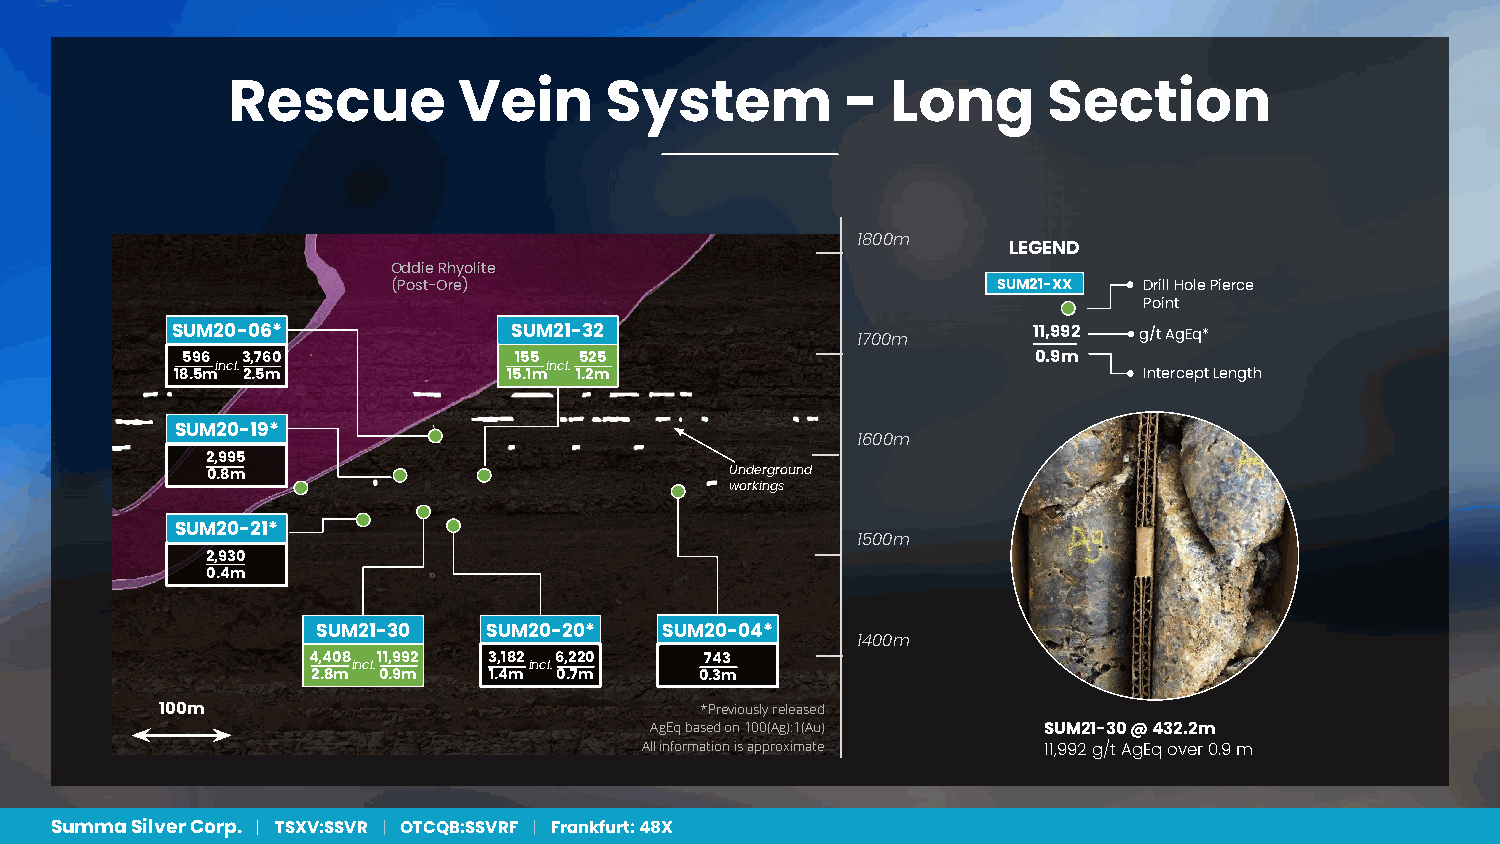
Rescue         Vein      System          -  Long      Section
 1800m
 LEGEND
 Oddie Rhyolite
 (Post-Ore)                              SUM21-XX  Drill Hole Pierce
 Point
 SUM20-06*              SUM21-32               1700m      11,992 g/t AgEq*
 596 3,760             155 525                            0.9m
 incl.                 incl.
 18.5m 2.5m            15.1m 1.2m                                Intercept Length
 SUM20-19*
 1600m
 2,995
 0.8m                              Underground
 workings
 SUM20-21*
 1500m
 2,930
 0.4m
 SUM21-30   SUM20-20*   SUM20-04*
 1400m
 4,408 11,992 3,182 6,220   743
 incl.       incl.
 2.8m 0.9m  1.4m 0.7m     0.3m
 100m                               *Previously released
 AgEq based on 100(Ag):1(Au) SUM21-30 @ 432.2m
 All information is approximate 11,992 g/t AgEq over 0.9 m
 Summa Silver Corp. | TSXV:SSVR | OTCQB:SSVRF | Frankfurt: 48X                            Page 2